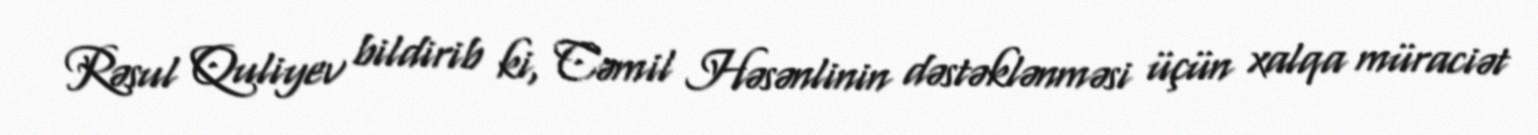
Rəsul Quliyev bildirib ki, Cəmil Həsənlinin dəstəklənməsi üçün xalqa müraciət